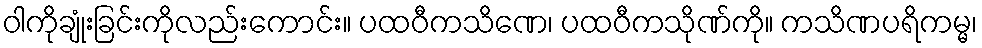
ဝါကိုချုံးခြင်းကိုလည်းကောင်း။ ပထဝီကသိဏေ၊ ပထဝီကသိုဏ်ကို။ ကသိဏပရိကမ္မ၊